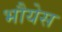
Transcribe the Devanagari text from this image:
भौयेस